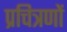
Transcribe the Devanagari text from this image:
प्रचित्रणों